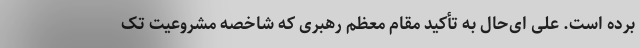
برده است. علی ای‌حال به تأکید مقام معظم رهبری که شاخصه مشروعیت تک